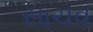
સાચવ